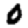
Digit: 0